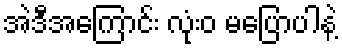
အဲဒီအကြောင်း လုံးဝ မပြောပါနဲ့